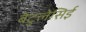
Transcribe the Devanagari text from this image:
बेटुलेसिई